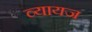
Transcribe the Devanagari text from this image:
व्‍यायज